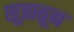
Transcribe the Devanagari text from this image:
सूत्रातून